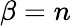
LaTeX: \beta=n